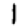
Digit: 1